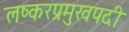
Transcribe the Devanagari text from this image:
लष्करप्रमुखपदी